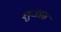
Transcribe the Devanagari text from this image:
शुकास